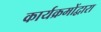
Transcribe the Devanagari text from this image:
कार्यक्रमोंद्वारा